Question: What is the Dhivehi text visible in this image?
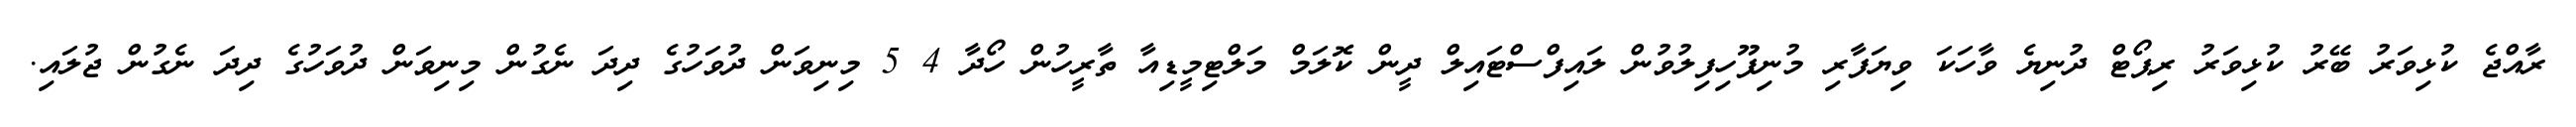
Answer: ރާއްޖެ ކުޅިވަރު ބޭރު ކުޅިވަރު ރިޕޯޓް ދުނިޔެ ވާހަކަ ވިޔަފާރި މުނިފޫހިފިލުވުން ލައިފްސްޓައިލް ދީން ކޮލަމް މަލްޓިމީޑިއާ ތާރީހުން ހޯދާ 4 5 މިނިވަން ދުވަހުގެ ދިދަ ނެގުން މިނިވަން ދުވަހުގެ ދިދަ ނެގުން ޖުލައި.